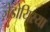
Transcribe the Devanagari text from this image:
ज़ेडोयिरया